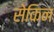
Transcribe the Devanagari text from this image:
सेकिन